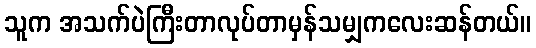
သူက အသက်ပဲကြီးတာလုပ်တာမှန်သမျှကလေးဆန်တယ်။